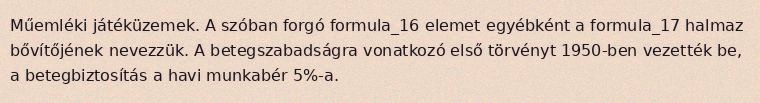
Műemléki játéküzemek. A szóban forgó formula_16 elemet egyébként a formula_17 halmaz bővítőjének nevezzük. A betegszabadságra vonatkozó első törvényt 1950-ben vezették be, a betegbiztosítás a havi munkabér 5%-a.